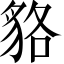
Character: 貉